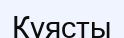
Құясты